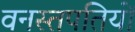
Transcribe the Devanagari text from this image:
वनस्तपतियों